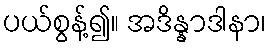
ပယ်စွန့်၍။ အဒိန္နာဒါနာ၊